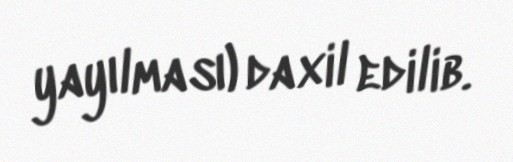
yayılması) daxil edilib.